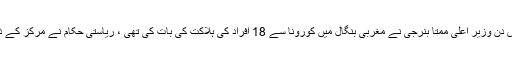
کیلاش وجئے ورگیہ نے ایک بڑا انکشاف کرتے ہوئے کہا کہ جس دن وزیر اعلیٰ ممتا بنرجی نے مغربی بنگال میں کورونا سے 18 افراد کی ہلاکت کی بات کی تھی ، ریاستی حکام نے مرکز کے ذریعہ بھیجی گئی ’بین وزارتی وزارتی مرکزی ٹیم‘ کو قبول کرلیا۔